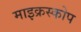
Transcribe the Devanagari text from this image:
माइक्रस्कोप